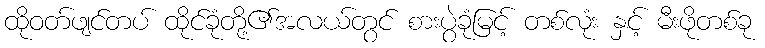
ထိုဝတ်ဖျင်တပ် ထိုင်ခုံတို့၏အလယ်တွင် စားပွဲခုံမြင့် တစ်လုံး နှင့် မီးဖိုတစ်ခု